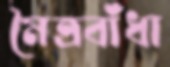
মৈত্রবাঁধা